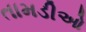
તામડીઓ